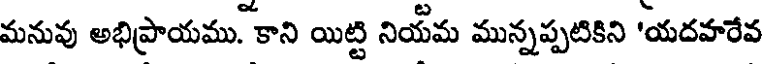
మనువు అభిప్రాయము. కాని యిట్టి నియమ మున్నప్పటికిని 'యదహరేవ